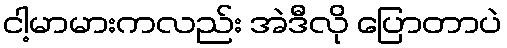
ငါ့မာမားကလည်း အဲဒီလို ပြောတာပဲ